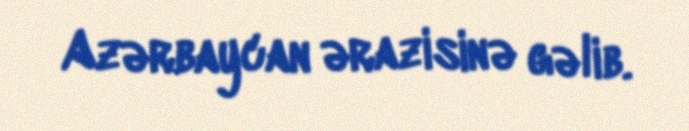
Azərbaycan ərazisinə gəlib.